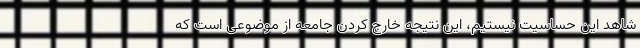
شاهد این حساسیت نیستیم، این نتیجه خارج کردن جامعه از موضوعی است که